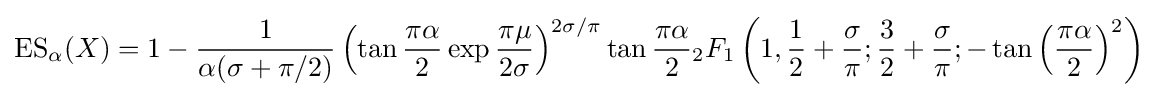
\operatorname {ES} _{\alpha }(X)=1-{\frac {1}{\alpha (\sigma +{\pi /2})}}\left(\tan {\frac {\pi \alpha }{2}}\exp {\frac {\pi \mu }{2\sigma }}\right)^{2\sigma /\pi }\tan {\frac {\pi \alpha }{2}}{_{2}F_{1}}\left(1,{\frac {1}{2}}+{\frac {\sigma }{\pi }};{\frac {3}{2}}+{\frac {\sigma }{\pi }};-\tan \left({\frac {\pi \alpha }{2}}\right)^{2}\right)